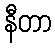
နီတာ